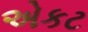
એકટ